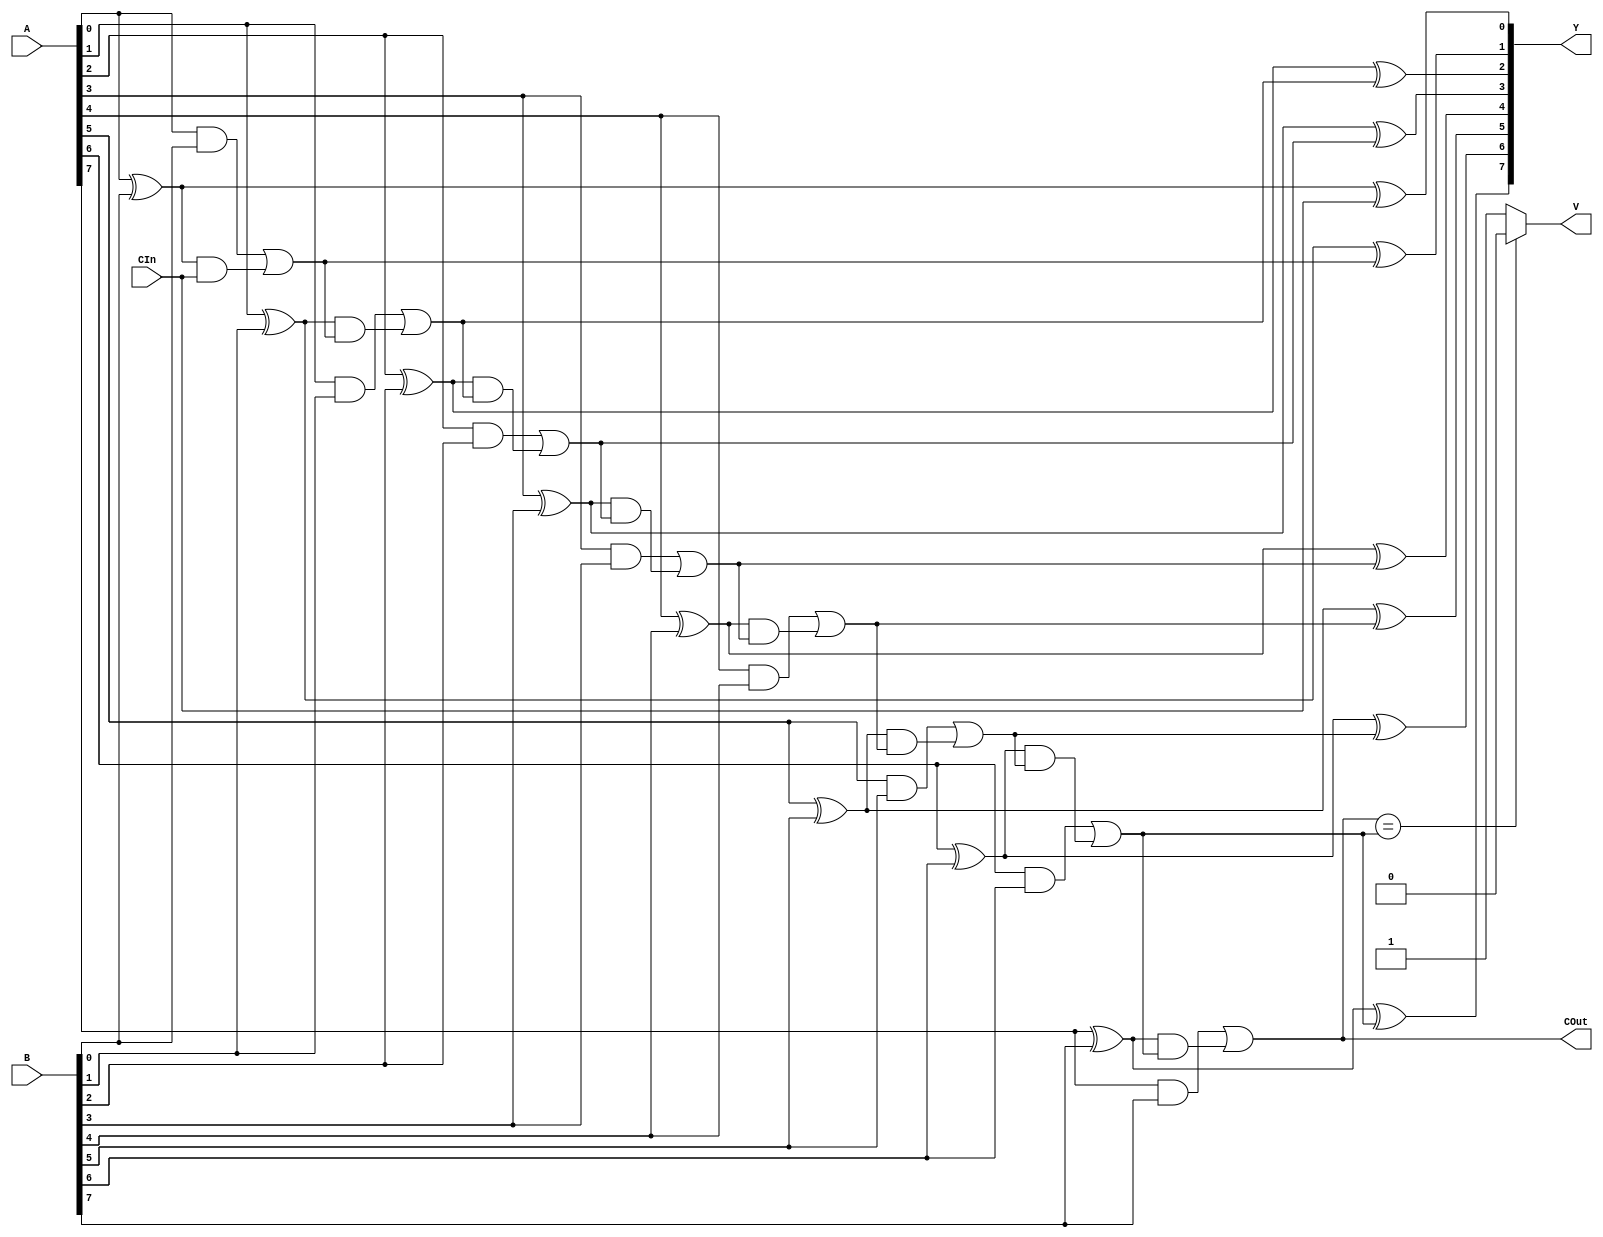
module adder(A, B, CIn, Y, COut, V); // add all inputs and outputs inside parentheses

  // inputs
  input  [7:0]	A;
  input  [7:0]	B;
  input 		  	CIn;
  
  // outputs
  output [7:0]	Y;
  output 		COut;
  output			V;
  
  // reg and internal variable definitions
  reg C0, C1, C2, C3, C4, C5, C6;
  reg [7:0] Y;
  reg COut;
  reg V;
  
  
  // implement module here
  
  always @ (*) begin
  		
		Y[0] <= ((A[0] ^ B[0]) ^ CIn);
		C0 <= ((A[0] & B[0]) | ((A[0] ^ B[0]) & CIn));
		
		Y[1] <= ((A[1] ^ B[1]) ^ C0);
		C1 <= ((A[1] & B[1]) | ((A[1] ^ B[1]) & C0));
		
		Y[2] <= ((A[2] ^ B[2]) ^ C1);
		C2 <= ((A[2] & B[2]) | ((A[2] ^ B[2]) & C1));
		
		Y[3] <= ((A[3] ^ B[3]) ^ C2);
		C3 <= ((A[3] & B[3]) | ((A[3] ^ B[3]) & C2));
		
		Y[4] <= ((A[4] ^ B[4]) ^ C3);
		C4 <= ((A[4] & B[4]) | ((A[4] ^ B[4]) & C3));
		
		Y[5] <= ((A[5] ^ B[5]) ^ C4);
		C5 <= ((A[5] & B[5]) | ((A[5] ^ B[5]) & C4));
		
		Y[6] <= ((A[6] ^ B[6]) ^ C5);
		C6 <= ((A[6] & B[6]) | ((A[6] ^ B[6]) & C5));
		
		Y[7] <= ((A[7] ^ B[7]) ^ C6);
		COut <= ((A[7] & B[7]) | ((A[7] ^ B[7]) & C6));
		
		if (COut == C6) begin
			V <= 1'b0;
		end
		else begin
			V <= 1'b1;
		end	
  end
endmodule